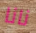
نانا